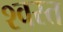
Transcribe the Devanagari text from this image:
श्वस्त